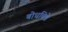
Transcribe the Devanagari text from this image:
बोधचित्रे